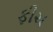
ફીચ